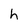
Character: h